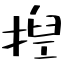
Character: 揑